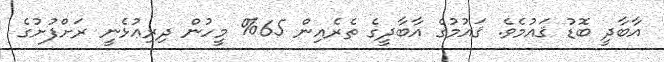
އާބާދީ ބޮޑު ޤައުމެވެ. ޤައުމުގެ އާބާދީގެ ތެރެއިން 65% މީހުން ދިރިއުޅެނީ ރަށްފުށުގެ